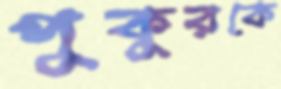
পুকুরকে